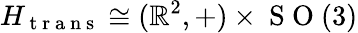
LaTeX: H_{\mathrm{~t~r~a~n~s~}}\cong(\mathbb{R}^{2},+)\times\mathrm{~S~O~}(3)